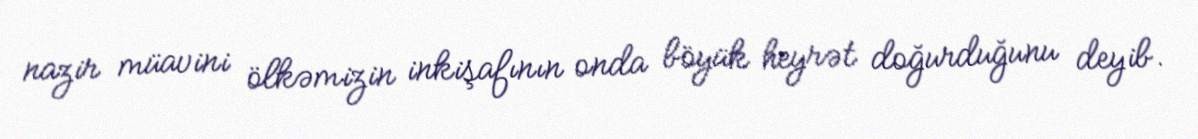
nazir müavini ölkəmizin inkişafının onda böyük heyrət doğurduğunu deyib.